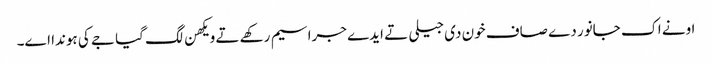
اونے اک جانور دے صاف خون دی جیلی تے ایدے جراسیم رکھے تے ویکھن لگ گیا جے کی ہوندا اے۔